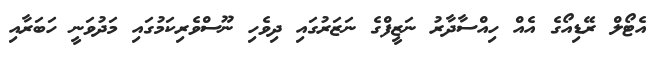
އެޓޯލް ރޭޑިއޯގެ އެއް ހިއްސާދާރު ނަޒީފްގެ ނަޒަރުގައި ދިވެހި ނޫސްވެރިކަމުގައި މަދުވަނީ ހަބަރާއި